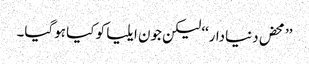
’’محض دنیادار‘‘ لیکن جون ایلیا کو کیا ہوگیا۔